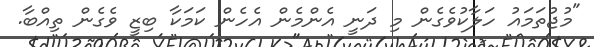
"މުޖުތަމައު ހަލާކުވެގެން މި ދަނީ އެންމެން އެހެން ކަމަކާ ބިޒީ ވެގެން ތިއްބާ.